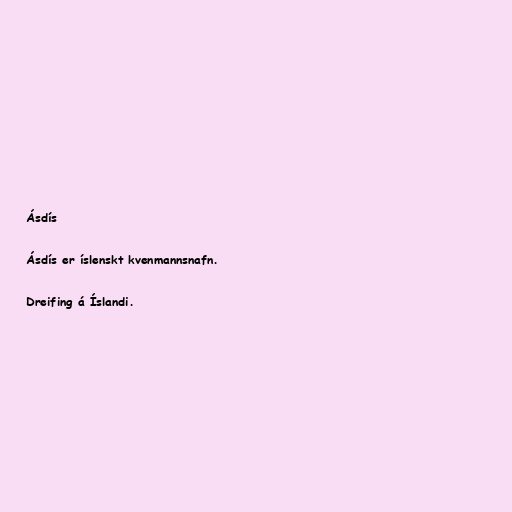
Ásdís

Ásdís er íslenskt kvenmannsnafn.

Dreifing á Íslandi.